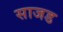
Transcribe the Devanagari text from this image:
साजड